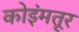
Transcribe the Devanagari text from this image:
कोइंमतूर